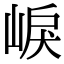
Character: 𡸒